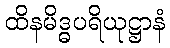
ထိနမိဒ္ဓပရိယုဋ္ဌာနံ